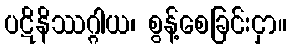
ပဋိနိဿဂ္ဂါယ၊ စွန့်စေခြင်းငှာ။